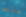
ماذلك